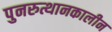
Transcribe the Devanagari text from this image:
पुनरुत्थानकालीन